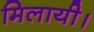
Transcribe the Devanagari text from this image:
मिलायी।